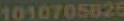
1010705025